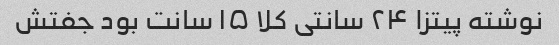
نوشته پیتزا ۲۴ سانتی کلا ۱۵ سانت بود جفتش